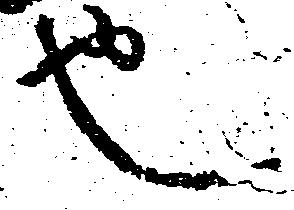
也